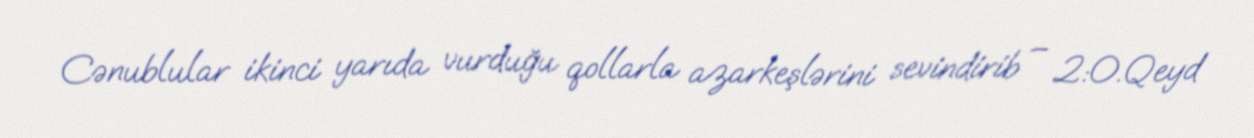
Cənublular ikinci yarıda vurduğu qollarla azarkeşlərini sevindirib – 2:0.Qeyd